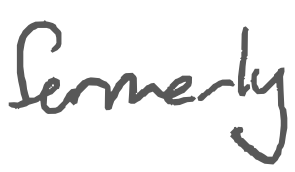
Text: formerly
Cross-out: clean
Writing tool: digital_gray